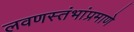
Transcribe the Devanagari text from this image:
लवणस्तंभांप्रमाणे